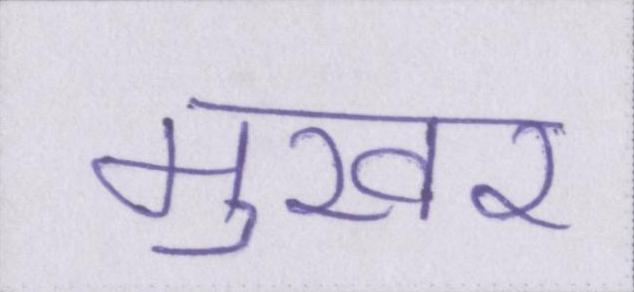
मुखर